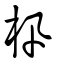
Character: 㭄